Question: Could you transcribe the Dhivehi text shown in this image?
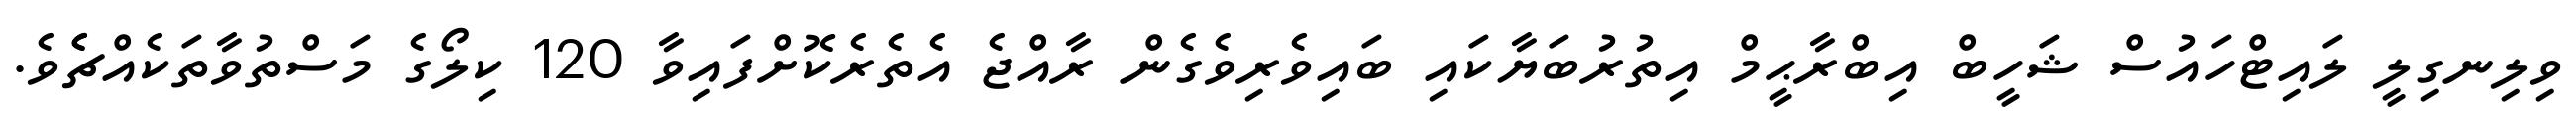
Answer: ވިލިނގިލީ ލައިޓްހައުސް ޝަހީބް އިބްރާޙީމް އިތުރުބަޔާކައި ބައިވެރިވެގެން ރާއްޖެ އެތެރެކޮށްފައިވާ 120 ކިލޯގެ މަސްތުވާތަކެއްޗެެވެ.